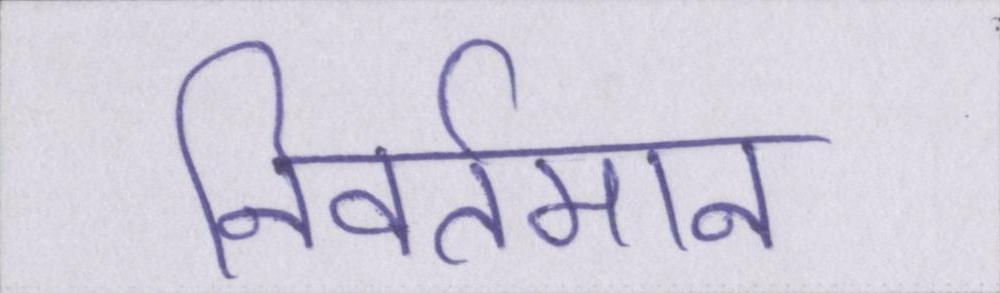
निवर्तमान